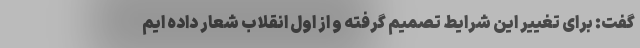
گفت: برای تغییر این شرایط تصمیم گرفته و از اول انقلاب شعار داده ایم